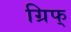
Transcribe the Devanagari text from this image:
ग्रिफ्